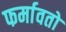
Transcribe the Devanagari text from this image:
फर्मावतो